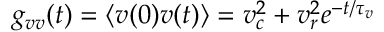
g _ { v v } ( t ) = \langle v ( 0 ) v ( t ) \rangle = v _ { c } ^ { 2 } + v _ { r } ^ { 2 } e ^ { - t / \tau _ { v } }